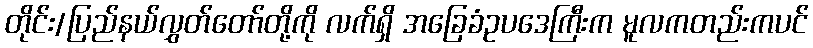
တိုင်း/ပြည်နယ်လွှတ်တော်တို့ကို လက်ရှိ အခြေခံဥပဒေကြီးက မူလကတည်းကပင်